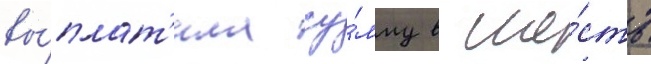
вы́плат'ила су́мму в ше́сть